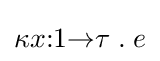
\kappa x{:}1{\to }\tau \;.\;e